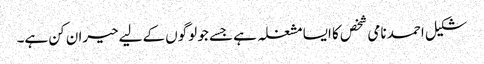
شکیل احمد نامی شخص کا ایسا مشغلہ ہے جسے جو لوگوں کےلیے حیران کن ہے۔